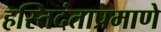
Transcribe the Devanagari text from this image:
हस्तिदंताप्रमाणे